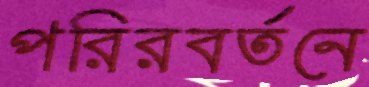
পরিরবর্তনে